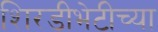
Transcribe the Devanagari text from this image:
शिरडीभेटीच्या